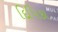
દિપિકા